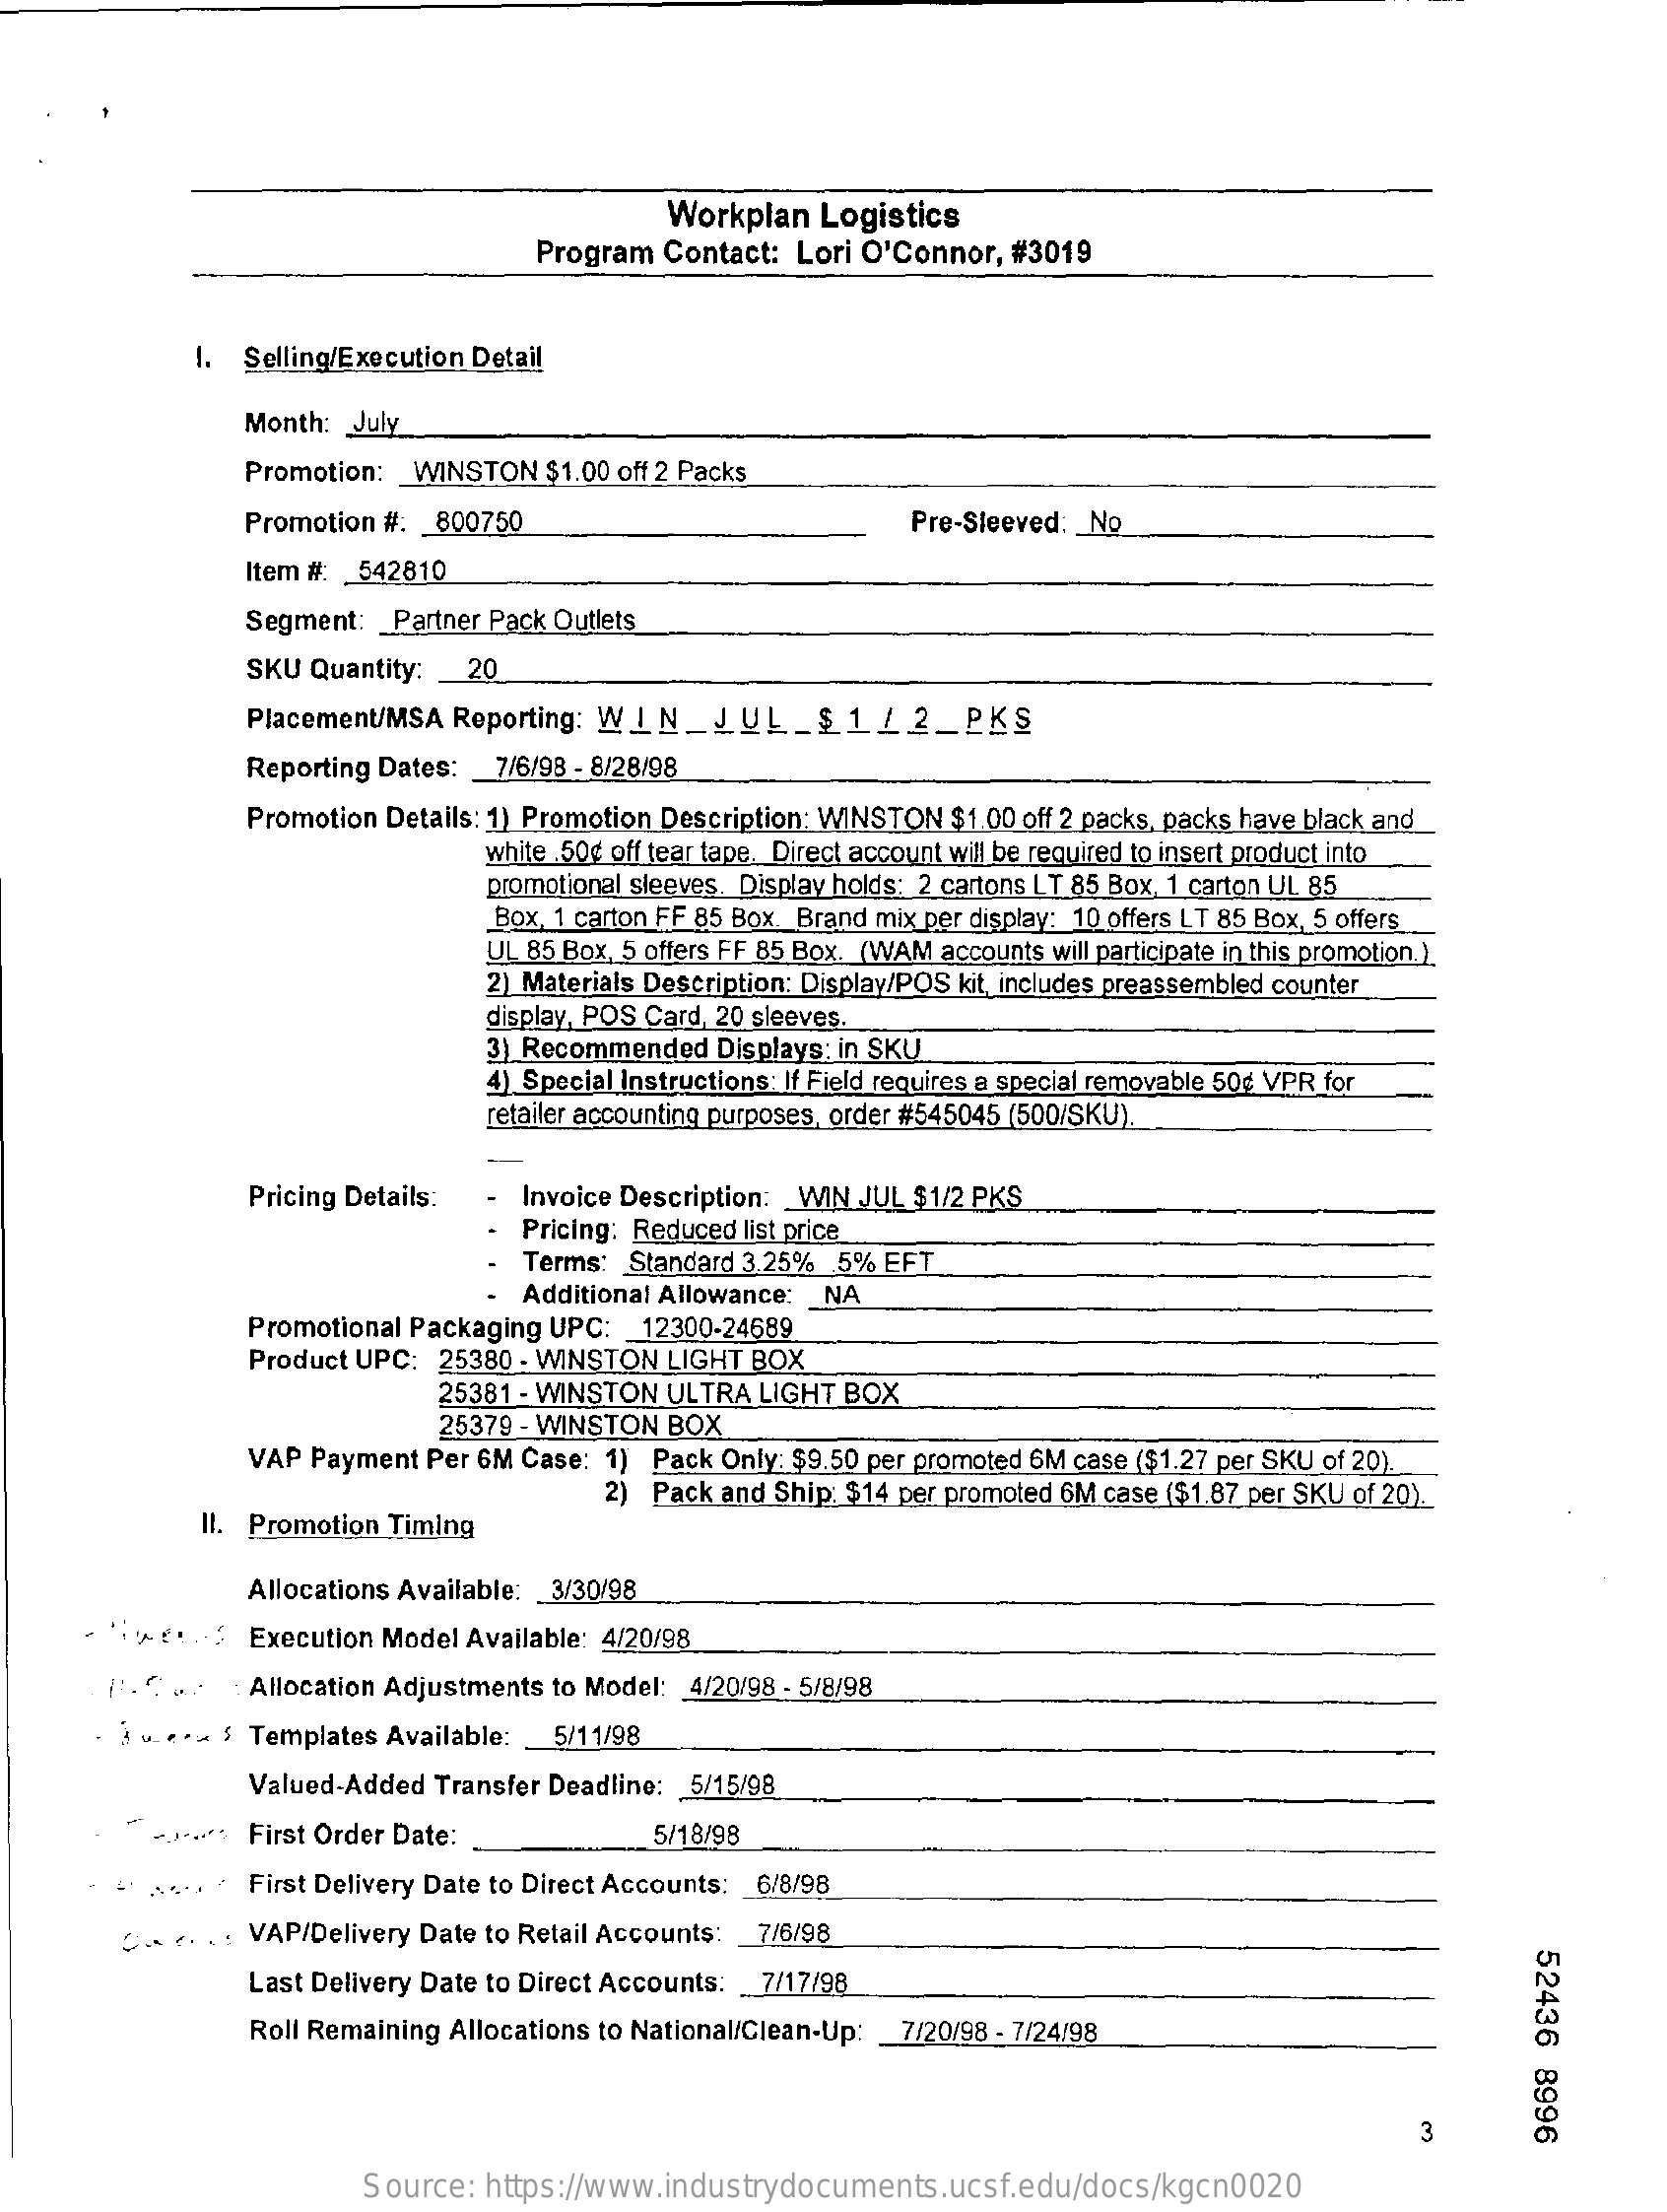
Workplan  Logistics
     Program  Contact: Lori O'Connor, #3019
     1. Selling/Execution Detail
     Month: July
     Promotion: WINSTON  $1.00 off 2 Packs
     Promotion #: 800750    Pre-Sleeved: _ No.
     Item #: 542810
     Segment: Partner Pack Outlets
     SKU Quantity: _ 20
     Placement/MSA Reporting: WIN_JUL_$1    / 2_PKS
     Reporting Dates: 7/6/98 - 8/28/98
     Promotion Details: 1) Promotion Description: WINSTON $1.00 off 2 packs, packs have black and
     white .50¢ off tear tape. Direct account will be required to insert product into
     promotional sleeves. Display holds: 2 cartons LT 85 Box, 1 carton UL 85
     Box, 1 carton FF 85 Box. Brand mix per display: 10 offers LT 85 Box, 5 offers
     UL 85 Box, 5 offers FF 85 Box. (WAM accounts will participate in this promotion. ).
     2) Materials Description: Display/POS kit includes preassembled counter
     display, POS Card, 20 sleeves.
     3) Recommended Displays: in SKU
     4) Special Instructions: If Field requires a special removable 50¢ VPR for
     retailer accounting purposes, order #545045 (500/SKU).
     Pricing Details:  Invoice Description: WIN JUL $1/2 PKS
     Pricing: Reduced list price
     Terms: Standard 3,25% .5% EFT
     Additional Allowance: _ NA
     Promotional Packaging UPC: _ 12300-24689
     Product UPC: 25380 - WINSTON LIGHT BOX
     25381 - WINSTON ULTRA LIGHT BOX
     25379 - WINSTON BOX
     VAP Payment Per 6M Case: 1) Pack Only: $9.50 per promoted 6M case ($1.27 per SKU of 20).
     Il. Promotion Timing
     2) Pack and Ship: $14 per promoted 6M case ($1.87 per SKU of 20).
     Allocations Available: _ 3/30/98
     > <...: Execution Model Available: 4/20/98
     : Allocation Adjustments to Model: 4/20/98 - 5/8/98
     - 1 v. e ** $ Templates Available: _ 5/11/98
     Valued-Added Transfer Deadline: 5/15/98
     ....... First Order Date:    5/18/98
     First Delivery Date to Direct Accounts: 6/8/98
     O ... .: VAP/Delivery Date to Retail Accounts: 7/6/98
     52436
     8996
     Last Delivery Date to Direct Accounts: _ 7/17/98
     Roll Remaining Allocations to National/Clean-Up: 7/20/98 - 7/24/98
     3
     Source: https://www.industrydocuments.ucsf.edu/docs/kgcn0020